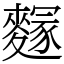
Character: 䴿